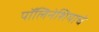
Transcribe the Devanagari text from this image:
पॉलिनेशियाचे